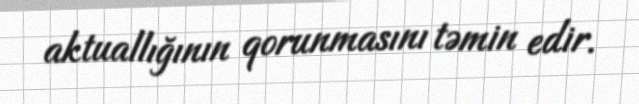
aktuallığının qorunmasını təmin edir.